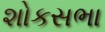
શોકસભા